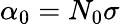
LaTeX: \alpha_{0}=N_{0}\sigma